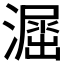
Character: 𣿲